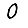
Digit: 0